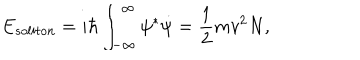
E _ { s o l i t o n } = i \hbar \int _ { - \infty } ^ { \infty } \psi ^ { * } \dot { \psi } = \frac { 1 } { 2 } m v ^ { 2 } N ,